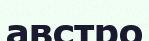
австро